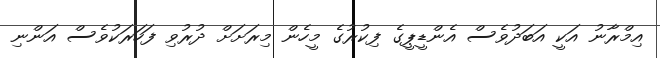
އިމްރާނު އަކީ އަބަދުވެސް އެންޑީޕީގެ ފިކުރުގެ މީހެން މިރަށަށް ދުރުވި ފަހަރަކުވެސް އަންނި